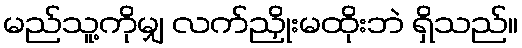
မည်သူ့ကိုမျှ လက်ညှိုးမထိုးဘဲ ရှိသည်။